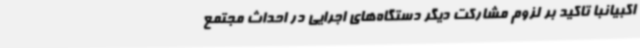
اکبیانبا تاکید بر لزوم مشارکت دیگر دستگاه‌های اجرایی در احداث مجتمع